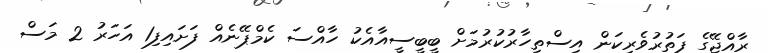
ރާއްޖޭގެ ފަތުރުވެރިކަން އިސްތިހާރުކުރުމަށް ބީބީސީއާއެކު ހާއްސަ ކެމްޕޭނެއް ފަށައިފި1 އަހަރު 2 މަސް